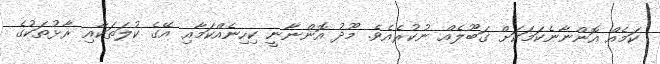
ކަމެއް އޮންނާނެކަމަކަށް ގަބޫލެއް ނުކުރެއެވެ. މޫދު އޮންނާނީ ކިހިނެއްކަމާއި އޭގެ ކުލަތަކާއި ރާޅުތަކުގެ